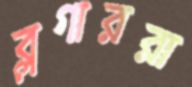
ব্লগাররা